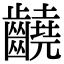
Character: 䶧